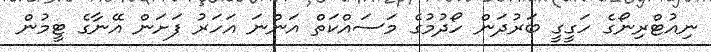
ނިއުޓްރިނޯގެ ހަގީގީ ބަރުދަން ހޯދުމުގެ މަސައްކަތް އަންނަ އަހަރު ފަށަން އޭނާގެ ޓީމުން